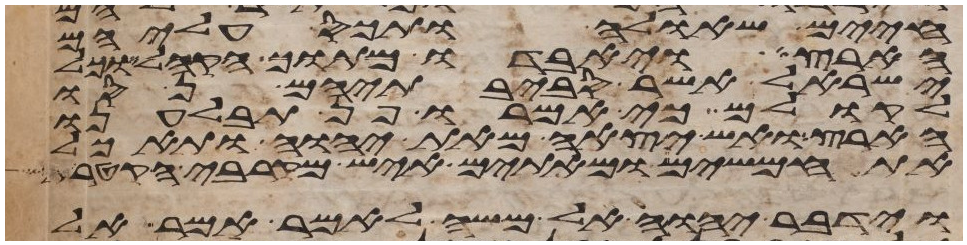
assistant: חיים שאלה ותכס עליהם
הארץ ויאבדו מתוך הקהל וכל
ישראל אשר סביבתיהם נסו
לקולם כי אמרו פן תבלענו
הארץ ואש יצאה מאת יהוה ותאכל
את חמשים ומאתים איש מקרבי הקטרת
וידבר יהוה אל משה לאמר אמר אל